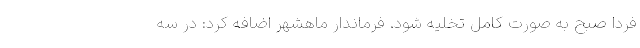
فردا صبح به صورت کامل تخلیه شود. فرماندار ماهشهر اضافه کرد: در سه